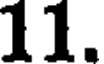
11.